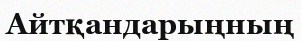
Айтқандарыңның